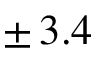
\pm \, 3 . 4